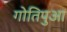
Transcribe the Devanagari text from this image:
गोतिपुआ